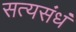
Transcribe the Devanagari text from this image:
सत्यसंधं